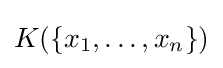
K(\{x_{1},\ldots ,x_{n}\})